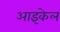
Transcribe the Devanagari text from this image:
आइकेल